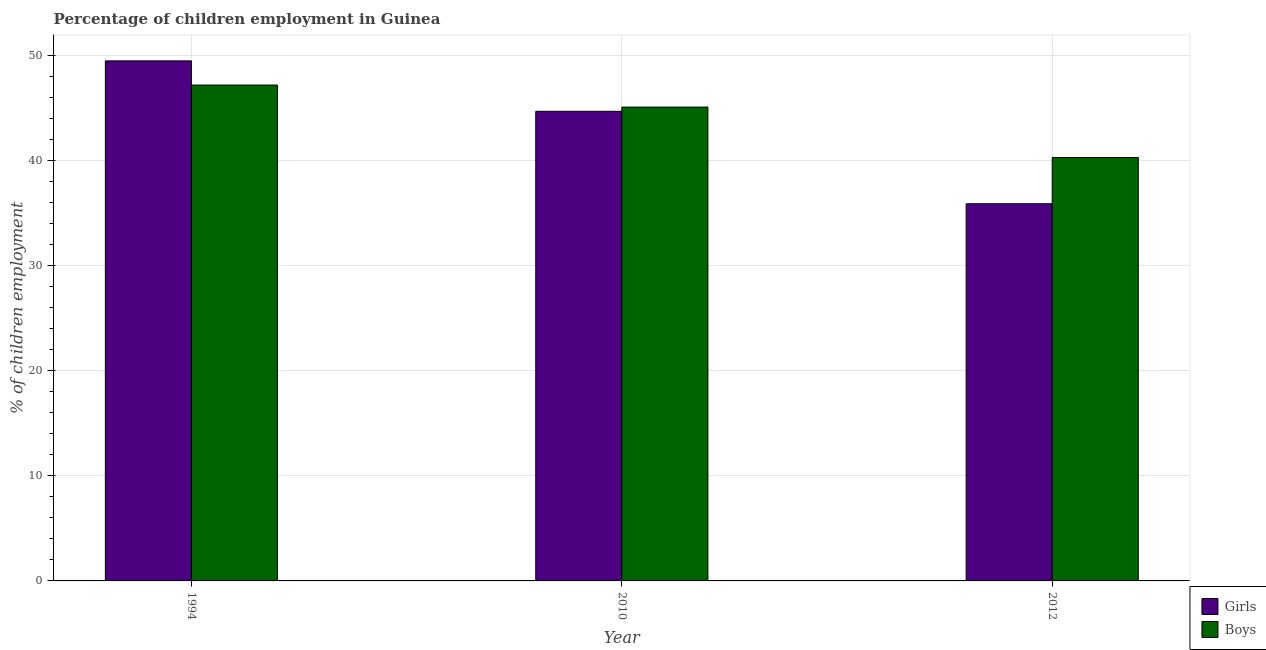
| Year | Girls | Boys |
 | --- | --- | --- |
 | 1994 | 49.5 | 47.2 |
 | 2010 | 44.7 | 45.1 |
 | 2012 | 35.9 | 40.3 |